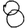
Digit: 8